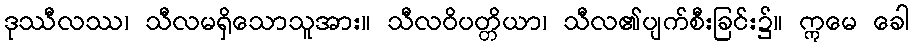
ဒုဿီလဿ၊ သီလမရှိသောသူအား။ သီလဝိပတ္တိယာ၊ သီလ၏ပျက်စီးခြင်း၌။ ဣမေ ခေါ